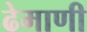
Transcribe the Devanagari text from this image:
ढेमाणी